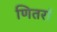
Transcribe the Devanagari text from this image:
णितरां